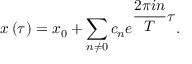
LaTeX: x \left( \tau \right) = x _ { 0 } + \sum _ { n \neq 0 } c _ { n } e ^ { \displaystyle \frac { 2 \pi i n } { T } \tau } .